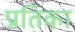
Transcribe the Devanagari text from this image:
प्रतिका